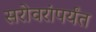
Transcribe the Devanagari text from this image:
सरोवरांपर्यंत